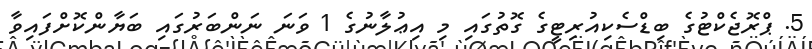
5. ޕްރޮޖެކްޓުގެ ބިޑްސެކިއުރިޓީގެ ގޮތުގައި މި އިޢުލާނުގެ 1 ވަނަ ނަންބަރުގައި ބަޔާންކޮށްފައިވާ